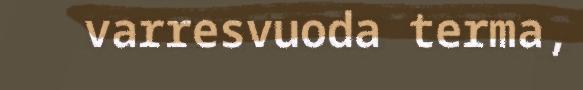
varresvuoda terma,